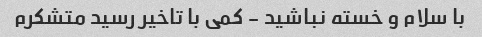
با سلام و خسته نباشید - کمی با تاخیر رسید متشکرم